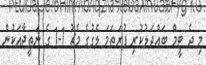
މި ދެ ޓީމް ބައްދަލުކުރި ފުރަތަމަ ލެގުގެ މެޗު 1-1 ގެ ނަތީޖާއަކުން